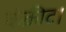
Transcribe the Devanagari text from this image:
कंक्रीट।